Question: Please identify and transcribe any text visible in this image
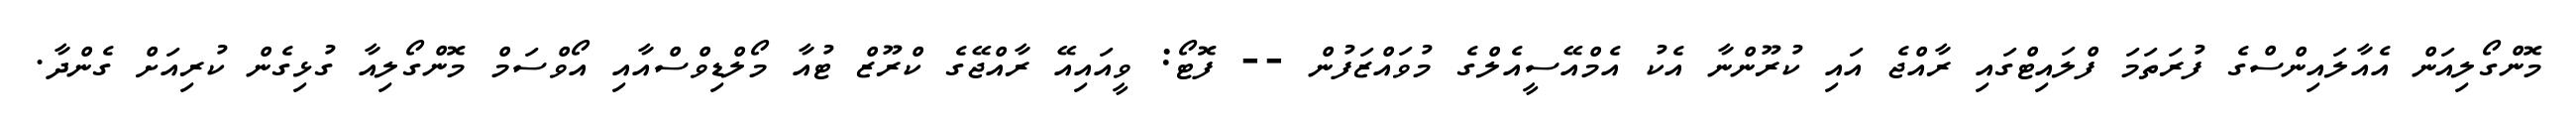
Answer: މޮންގޯލިއަން އެއާލައިންސްގެ ފުރަތަމަ ފްލައިޓްގައި ރާއްޖެ އައި ކުރޫންނާ އެކު އެމްއޭސީއެލްގެ މުވައްޒަފުން -- ފޮޓޯ: ވީއައިއޭ ރާއްޖޭގެ ކްރޫޒް ޓުއާ މޯލްޑިވްސްއާއި އޯވްސަމް މޮންގޯލިއާ ގުޅިގެން ކުރިއަށް ގެންދާ.